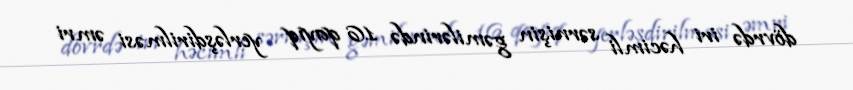
dövrdə iri həcimli sərnişin gəmilərində 16 qayıq yerləşdirilməsi əmri